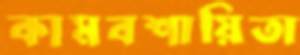
কামবশায়িতা